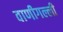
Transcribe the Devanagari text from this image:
वाणीगल्ली